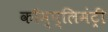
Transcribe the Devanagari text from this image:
कॉम्प्लिमंट्री